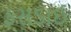
ફસડાઈ